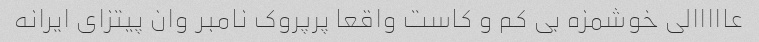
عااااالی خوشمزه بی کم و کاست واقعا پرپروک نامبر وان پیتزای ایرانه